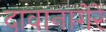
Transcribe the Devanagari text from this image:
दावानागेरे